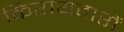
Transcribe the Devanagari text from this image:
किरायदारों